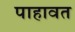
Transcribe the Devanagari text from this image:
पाहावत